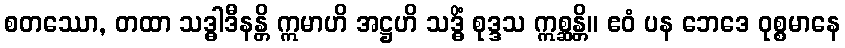
စတဿော, တထာ သဒ္ဓါဒီနန္တိ ဣမာဟိ အဋ္ဌဟိ သဒ္ဓိံ စုဒ္ဒသ ဣစ္ဆန္တိ။ ဧဝံ ပန ဘေဒေ ဝုစ္စမာနေ